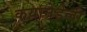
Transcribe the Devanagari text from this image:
कयानेडेली